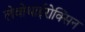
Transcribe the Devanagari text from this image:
लेवोथाईरोक्सिन